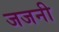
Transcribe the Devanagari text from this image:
जजनी